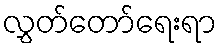
လွှတ်တော်ရေးရာ